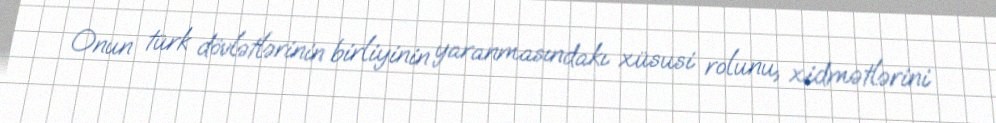
Onun türk dövlətlərinin birliyinin yaranmasındakı xüsusi rolunu, xidmətlərini